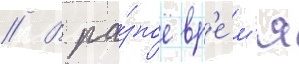
// В ра́зное вр'е́м'я